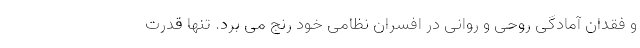
و فقدان آمادگی روحی و روانی در افسران نظامی خود رنج می برد. تنها قدرت